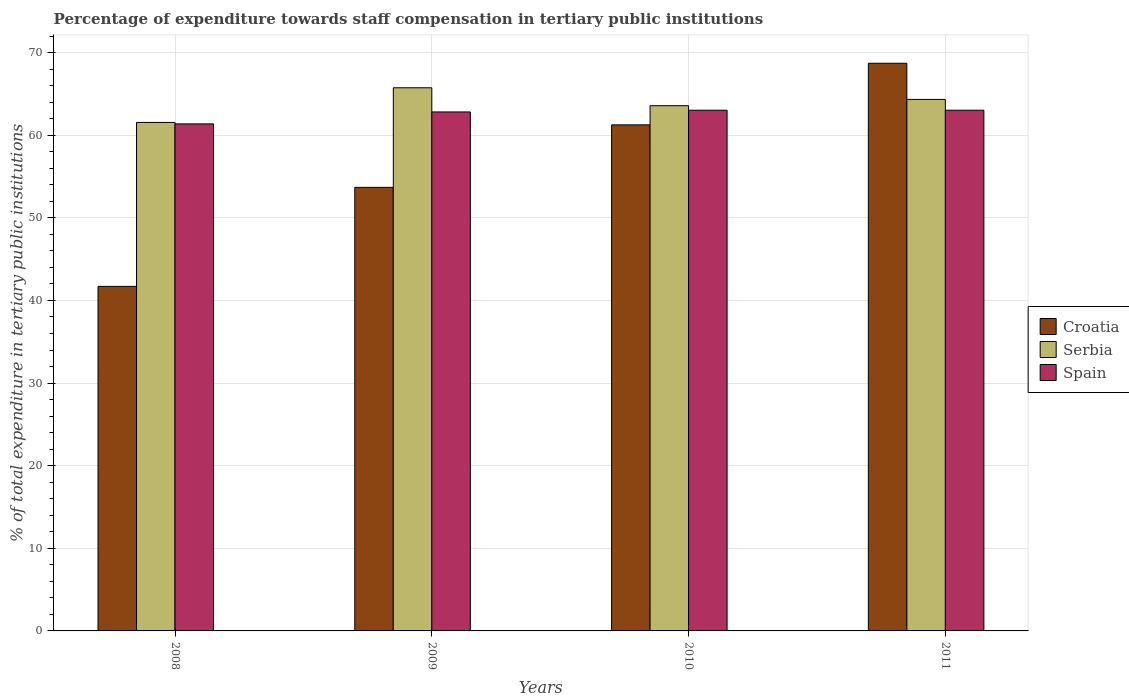
| Years | Croatia | Serbia | Spain |
 | --- | --- | --- | --- |
 | 2008 | 41.7 | 61.5 | 61.4 |
 | 2009 | 53.7 | 65.7 | 62.8 |
 | 2010 | 61.3 | 63.6 | 63 |
 | 2011 | 68.7 | 64.3 | 63 |